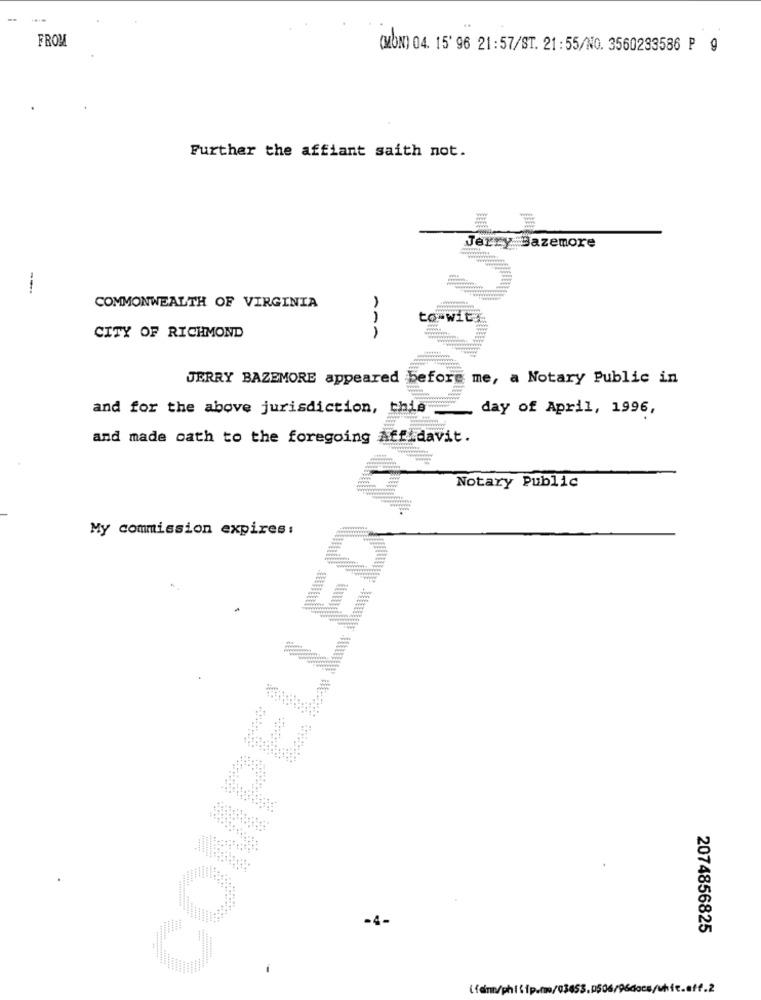
FROM
(MON) 04. 15' 96 21:57/ST. 21:55/NO. 3560233586 P 9
Further the affiant saith not.
Jerry Bazemore
--
=
COMMONWEALTH OF VIRGINIA
to-wit
CITY OF RICHMOND
ARA
JERRY BAZEMORE appeared before
me, a Notary Public in
and for the above jurisdiction, this
COMPELLED AN
day of April, 1996,
and made cath to the foregoing Affidavit.
Notary Public
My commission expires:
-4-
2074856825